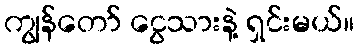
ကျွန်တော် ငွေသားနဲ့ ရှင်းမယ်။